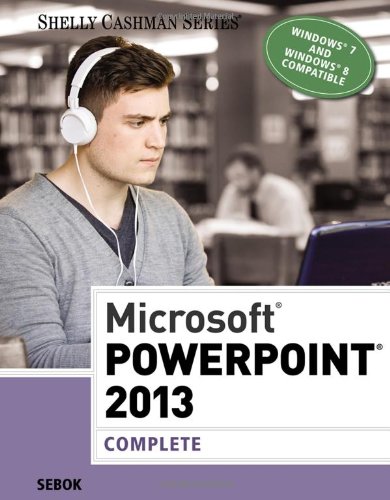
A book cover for Microsoft PowerPoint 2013: Complete (Shelly Cashman Series); Susan L. Sebok; Computers & Technology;